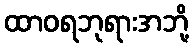
ထာဝရဘုရားအဘို့